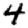
Digit: 4